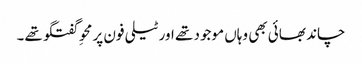
چاند بھائی بھی وہاں موجود تھے اور ٹیلی فون پر محوِ گفتگو تھے۔